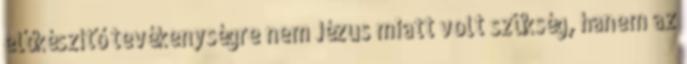
előkészítő tevékenységre nem Jézus miatt volt szükség, hanem az